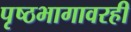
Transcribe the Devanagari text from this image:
पृष्ठभागावरही